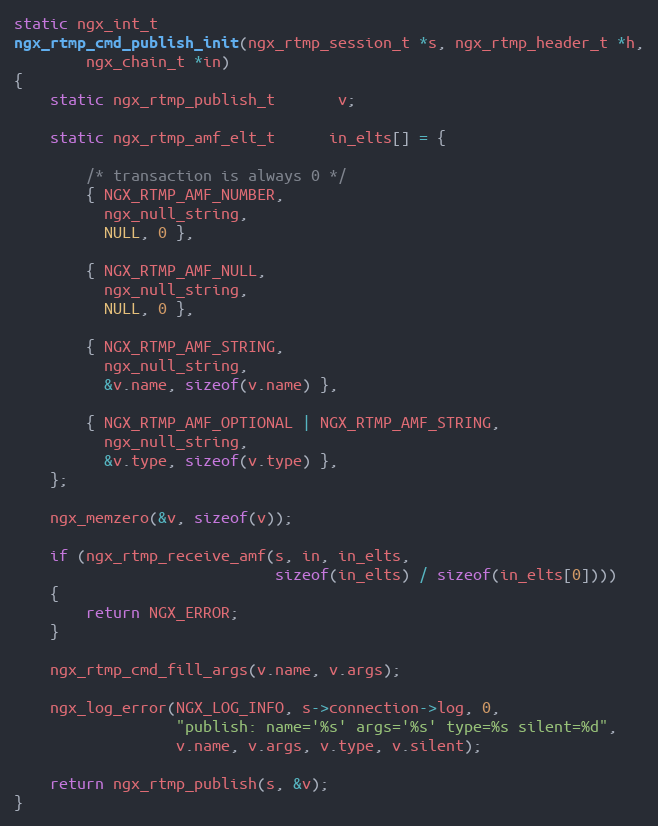
Language: C
static ngx_int_t
ngx_rtmp_cmd_publish_init(ngx_rtmp_session_t *s, ngx_rtmp_header_t *h,
        ngx_chain_t *in)
{
    static ngx_rtmp_publish_t       v;

    static ngx_rtmp_amf_elt_t      in_elts[] = {

        /* transaction is always 0 */
        { NGX_RTMP_AMF_NUMBER,
          ngx_null_string,
          NULL, 0 },

        { NGX_RTMP_AMF_NULL,
          ngx_null_string,
          NULL, 0 },

        { NGX_RTMP_AMF_STRING,
          ngx_null_string,
          &v.name, sizeof(v.name) },

        { NGX_RTMP_AMF_OPTIONAL | NGX_RTMP_AMF_STRING,
          ngx_null_string,
          &v.type, sizeof(v.type) },
    };

    ngx_memzero(&v, sizeof(v));

    if (ngx_rtmp_receive_amf(s, in, in_elts,
                             sizeof(in_elts) / sizeof(in_elts[0])))
    {
        return NGX_ERROR;
    }

    ngx_rtmp_cmd_fill_args(v.name, v.args);

    ngx_log_error(NGX_LOG_INFO, s->connection->log, 0,
                  "publish: name='%s' args='%s' type=%s silent=%d",
                  v.name, v.args, v.type, v.silent);

    return ngx_rtmp_publish(s, &v);
}